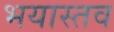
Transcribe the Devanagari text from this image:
भयास्तव